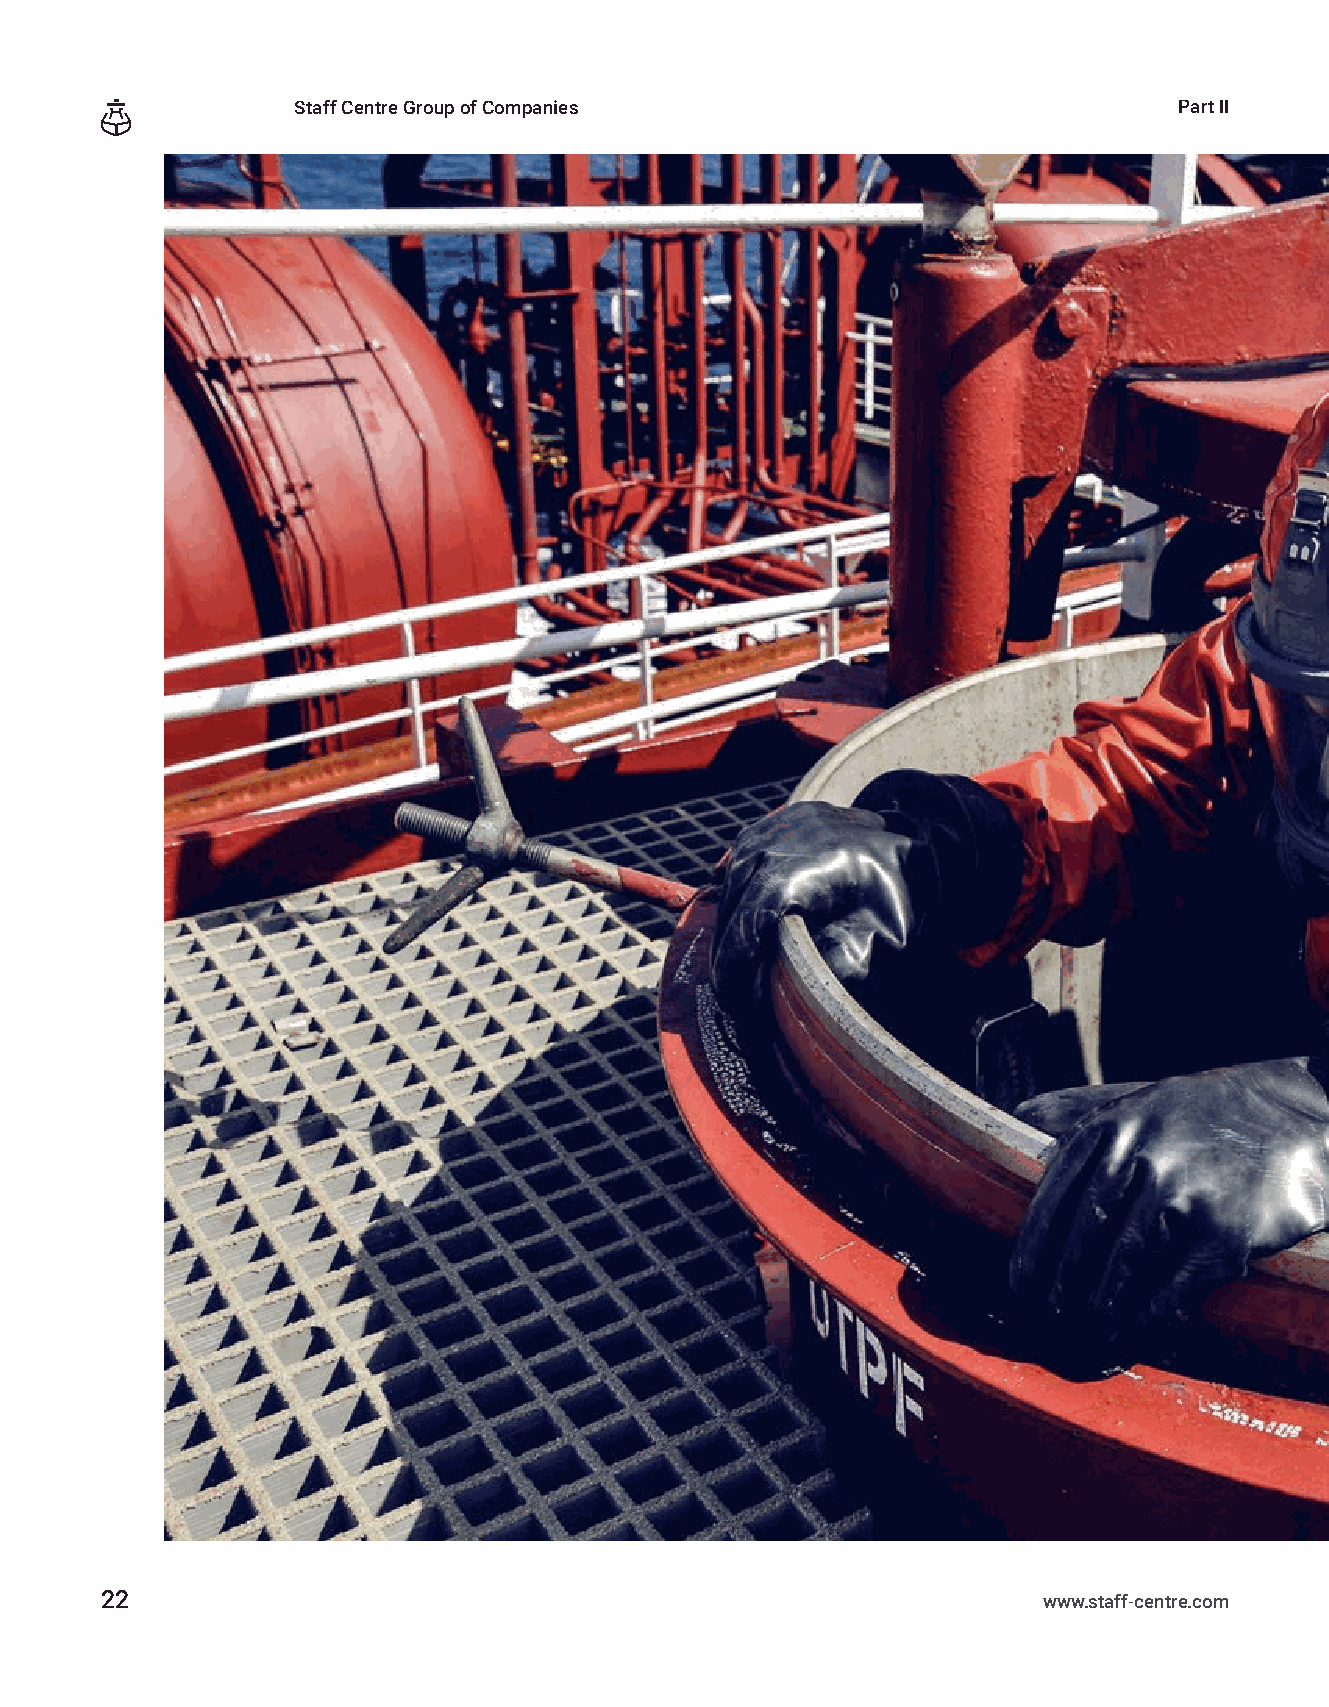
Staff Centre Group of Companies                            Part II
 22                                                            www.staff-centre.com